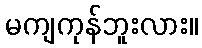
မကျကုန်ဘူးလား။